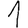
Digit: 1